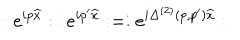
: e ^ { i p \widehat { x } } : \, : e ^ { i p ^ { \prime } \widehat { x } } : = : e ^ { i \Delta ^ { ( 2 ) } ( p , p ^ { \prime } ) \widehat { x } } :